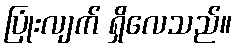
ပြုံးလျက် ရှိလေသည်။